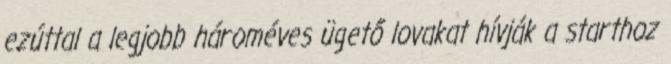
ezúttal a legjobb hároméves ügető lovakat hívják a starthoz